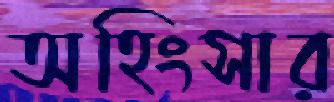
অহিংসার